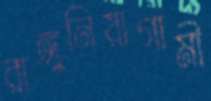
রাঙ্গুনিয়াগামী